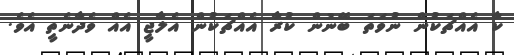
ކާ އެއްޗަކުން ނުވަތަ ބޭނުން ކުރާ އެއްޗަކުން އެލާޖީ އެއް ވެދާނެތީ އެވެ.